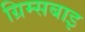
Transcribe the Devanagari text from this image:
ग्रिम्सबाइ